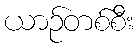
ယာဉ်တစ်စီး